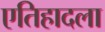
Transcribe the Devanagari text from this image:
एतिहादला